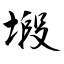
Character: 塅